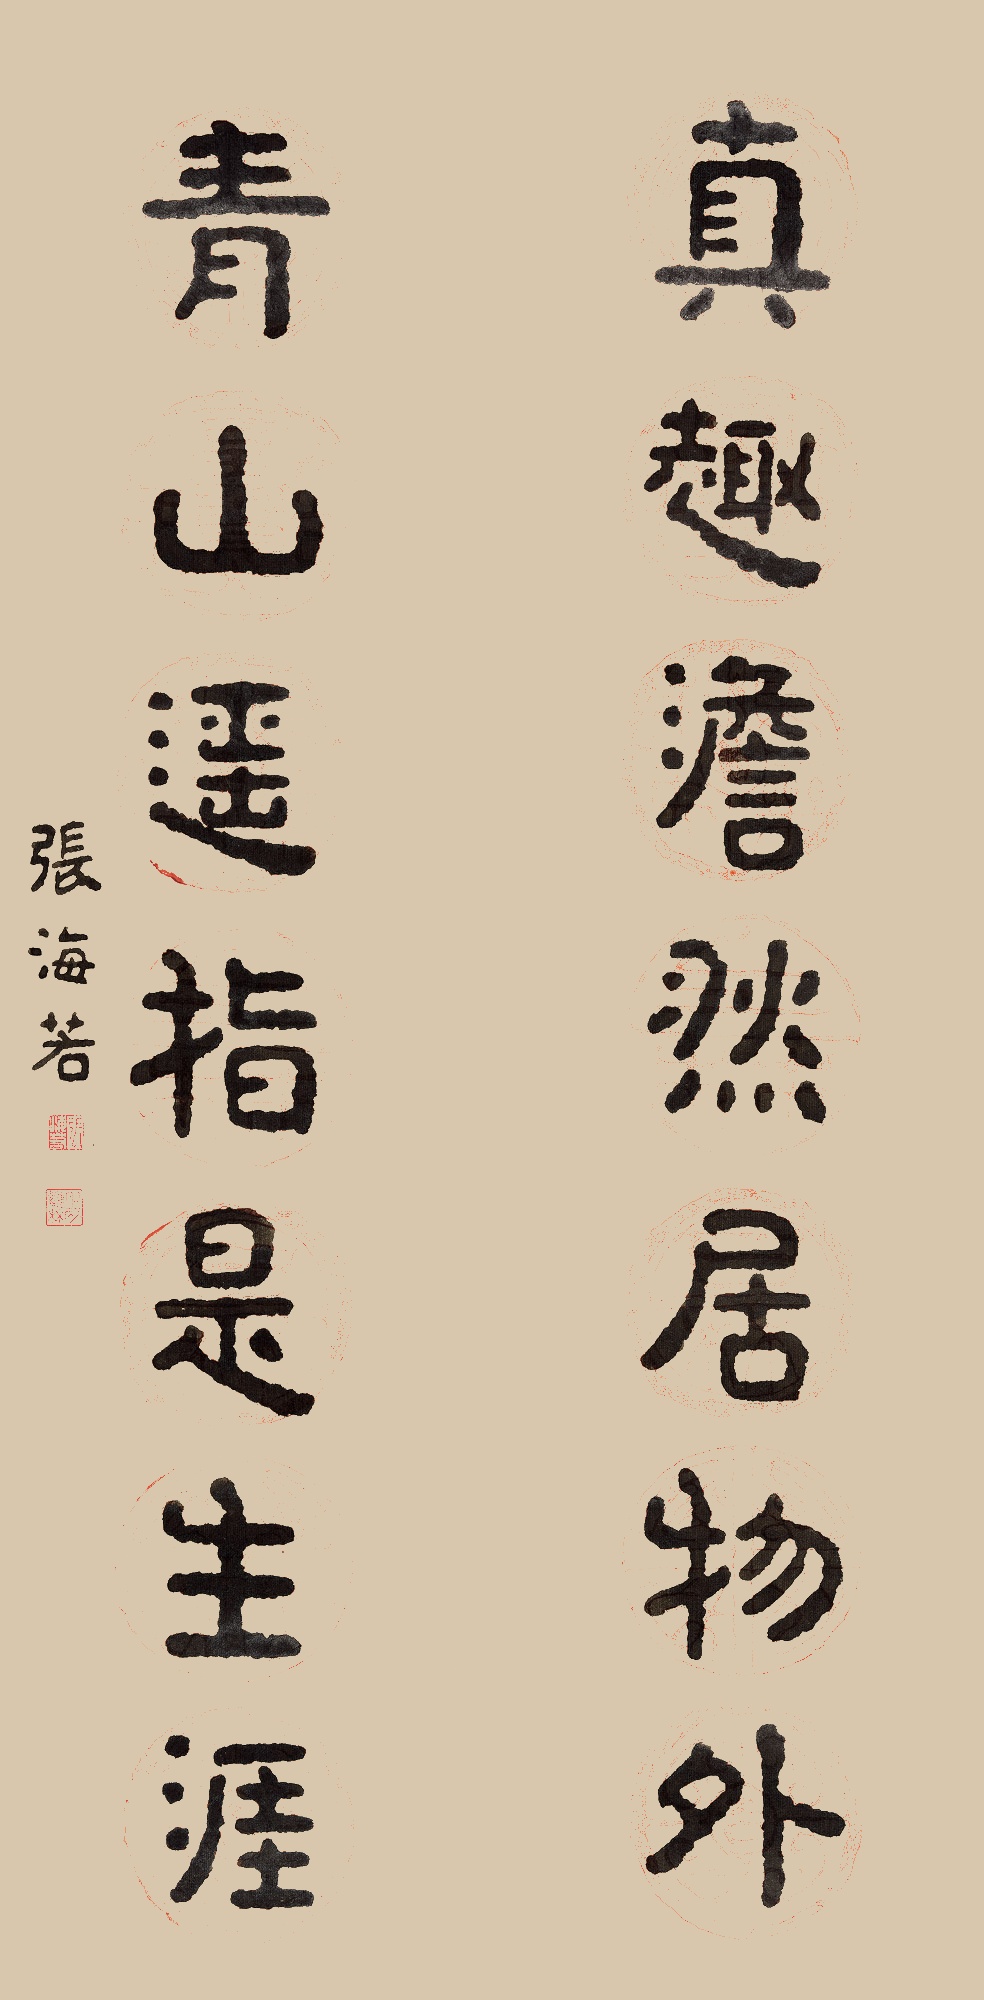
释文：真趣澹然居物外
青山遥指是生涯张海若。